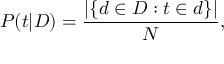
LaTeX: P ( t | D ) = { \frac { | \{ d \in D : t \in d \} | } { N } } ,